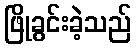
ဖြိုခွင်းခဲ့သည်